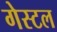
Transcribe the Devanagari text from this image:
गेस्टल